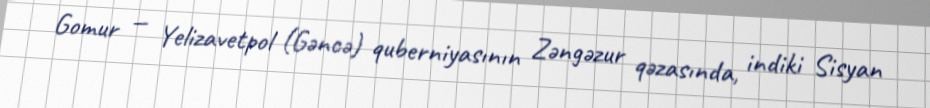
Gomur — Yelizavetpol (Gəncə) quberniyasının Zəngəzur qəzasında, indiki Sisyan